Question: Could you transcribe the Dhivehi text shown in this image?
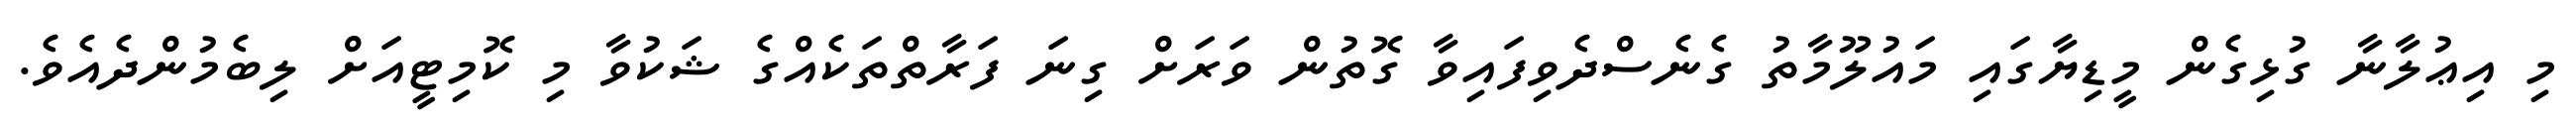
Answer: މި އިޢުލާނާ ގުޅިގެން މީޑިޔާގައި މައުލޫމާތު ގެނެސްދެވިފައިވާ ގޮތުން ވަރަށް ގިނަ ފަރާތްތަކެއްގެ ޝަކުވާ މި ކޮމިޓީއަށް ލިބެމުންދެއެވެ.